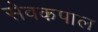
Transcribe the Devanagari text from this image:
सेवकपाल